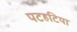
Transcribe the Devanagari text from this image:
पटहटिया